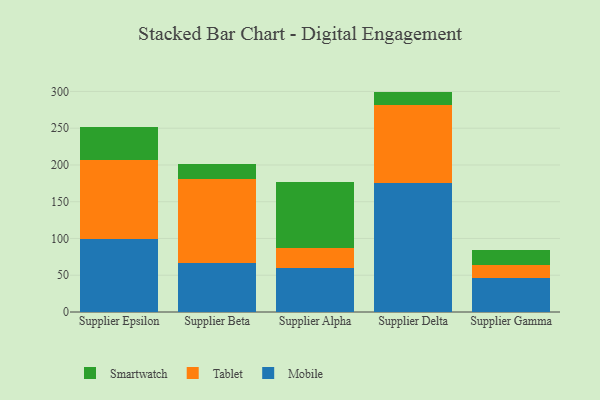
{"axis": {"x": "Supplier", "y": "Net Income (USD K)"}, "legend": ["Mobile", "Smartwatch", "Tablet"], "data": [{"x": "Supplier Epsilon", "y": 98.9, "type": "Mobile"}, {"x": "Supplier Epsilon", "y": 107.8, "type": "Tablet"}, {"x": "Supplier Epsilon", "y": 45.3, "type": "Smartwatch"}, {"x": "Supplier Beta", "y": 67.0, "type": "Mobile"}, {"x": "Supplier Beta", "y": 113.5, "type": "Tablet"}, {"x": "Supplier Beta", "y": 20.5, "type": "Smartwatch"}, {"x": "Supplier Alpha", "y": 60.2, "type": "Mobile"}, {"x": "Supplier Alpha", "y": 26.5, "type": "Tablet"}, {"x": "Supplier Alpha", "y": 89.8, "type": "Smartwatch"}, {"x": "Supplier Delta", "y": 175.3, "type": "Mobile"}, {"x": "Supplier Delta", "y": 106.0, "type": "Tablet"}, {"x": "Supplier Delta", "y": 18.5, "type": "Smartwatch"}, {"x": "Supplier Gamma", "y": 46.0, "type": "Mobile"}, {"x": "Supplier Gamma", "y": 17.3, "type": "Tablet"}, {"x": "Supplier Gamma", "y": 20.9, "type": "Smartwatch"}]}